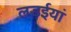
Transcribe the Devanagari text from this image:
लड़ईयां